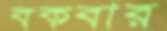
বকবার